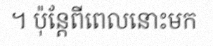
។ ប៉ុន្តែពីពេលនោះមក